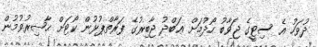
ދުވަހު އެ ސިޓީގެ ޖަވާބު ހޯދުމަށް ޢަބްދު ޖާބިރުގެ ފަރާތްޕުޅުން ކޯޓަށް ޙާޟިރުވުމުން